Parnu_kinnistusamet, lk 7
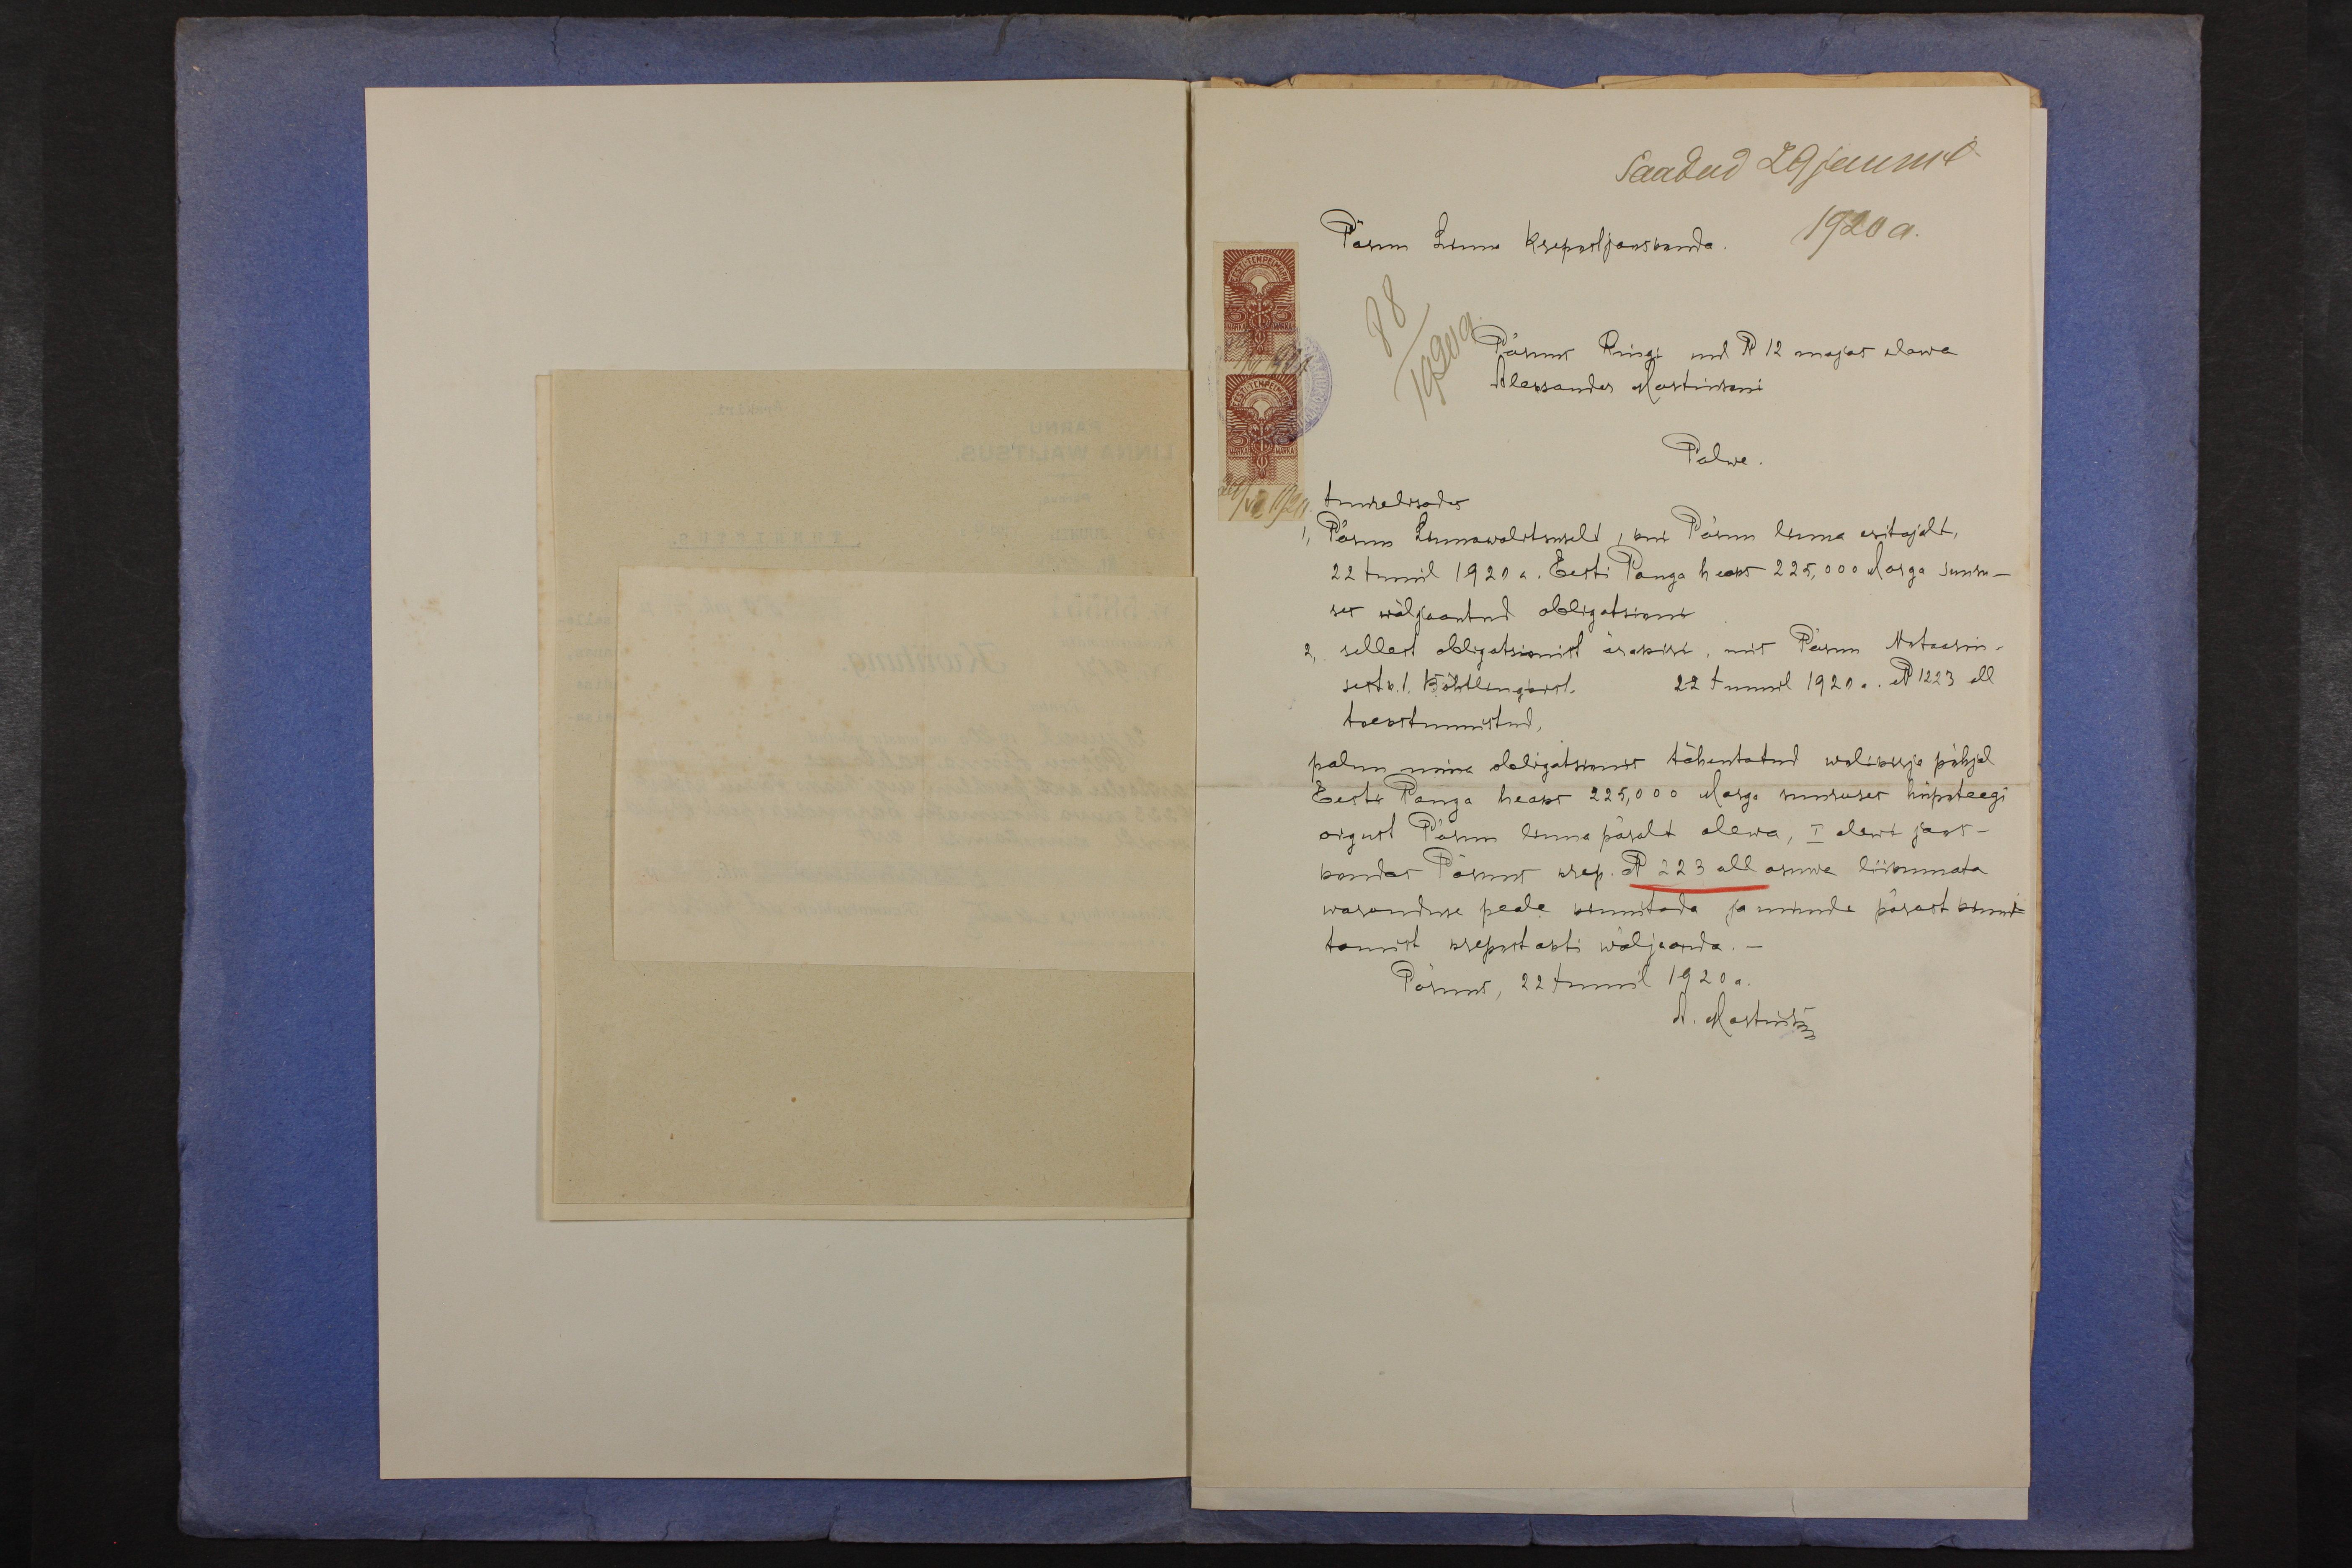
Saadud 29 juunil
Pärnu Linna Krepostijaoskonda
1920 a.
88
1920a.
Pärnus Ringi uul N 12 majas elawa
Aleksander Martinsoni
Palwe
tundadisades
1, Pärnu Linnawalitsuselt, kui Pärnu linna esitajalt,
22 Junil 1920 a. Eesti Panga heaks 225,000 Marga suuru-
ses wäljaantud obligatsiooni
2, sellest obligatsionist ärakiri, mis Pärnu Notaariu-
sest k.t. Böhtlingkist. 22 Juunil 1920 a. No 1223 all
toeks tunnistud
palun mina obligatsioonis tähentatud wolikirja põhjal
Eesti Panga heaks 225,000 Marga suuruses hüpoteegi
õigust Pärnu linna päralt olewa, I alewi jaos-
kondas Pärnus krep. N 223 all asuwa liikumata
waranduse peale kinnitada ja minule pärast kinni-
tamist krepostiakti wäljaanda.
Pärnu, 22 Juunil 1920 a.
A. Martinson